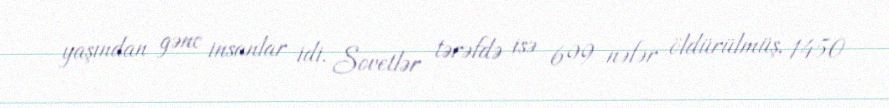
yaşından gənc insanlar idi. Sovetlər tərəfdə isə 699 nəfər öldürülmüş, 1450